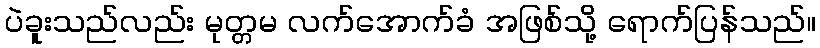
ပဲခူးသည်လည်း မုတ္တမ လက်အောက်ခံ အဖြစ်သို့ ရောက်ပြန်သည်။